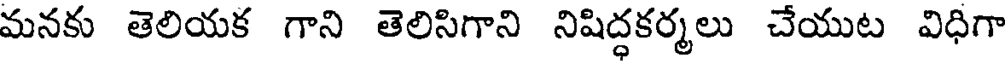
మనకు తెలియక గాని తెలిసిగాని నిషిద్ధకర్మలు చేయుట విధిగా